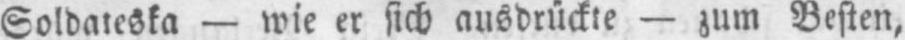
- zum Besten,